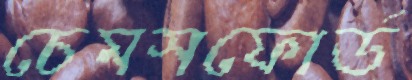
চেমসফোর্ড